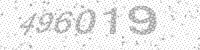
Solution: 496019